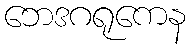
ဘေဒဂရုကေန